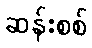
ဆန်းစစ်